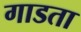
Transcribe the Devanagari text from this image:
गाडता